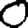
Digit: 0